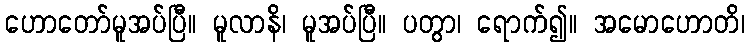
ဟောတော်မူအပ်ပြီ။ မူလာနိ၊ မူအပ်ပြီ။ ပတွာ၊ ရောက်၍။ အမောဟောတိ၊